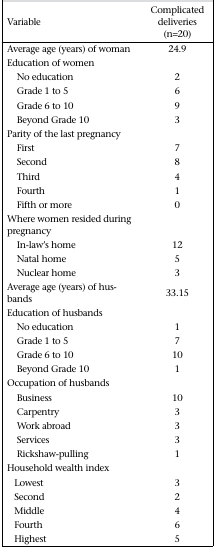
<table><thead><tr><td><b>Variable</b></td><td><b>Complicated deliveries (n=20)</b></td></tr></thead><tbody><tr><td>Average age (years) of woman</td><td>24.9</td></tr><tr><td>Education of women</td><td></td></tr><tr><td>No education</td><td>2</td></tr><tr><td>Grade 1 to 5</td><td>6</td></tr><tr><td>Grade 6 to 10</td><td>9</td></tr><tr><td>Beyond Grade 10</td><td>3</td></tr><tr><td>Parity of the last pregnancy</td><td></td></tr><tr><td>First</td><td>7</td></tr><tr><td>Second</td><td>8</td></tr><tr><td>Third</td><td>4</td></tr><tr><td>Fourth</td><td>1</td></tr><tr><td>Fifth or more</td><td>0</td></tr><tr><td>Where women resided during pregnancy</td><td></td></tr><tr><td>In-law&#x27;s home</td><td>12</td></tr><tr><td>Natal home</td><td>5</td></tr><tr><td>Nuclear home</td><td>3</td></tr><tr><td>Average age (years) of husbands</td><td>33.15</td></tr><tr><td>Education of husbands</td><td></td></tr><tr><td>No education</td><td>1</td></tr><tr><td>Grade 1 to 5</td><td>7</td></tr><tr><td>Grade 6 to 10</td><td>10</td></tr><tr><td>Beyond Grade 10</td><td>1</td></tr><tr><td>Occupation of husbands</td><td></td></tr><tr><td>Business</td><td>10</td></tr><tr><td>Carpentry</td><td>3</td></tr><tr><td>Work abroad</td><td>3</td></tr><tr><td>Services</td><td>3</td></tr><tr><td>Rickshaw-pulling</td><td>1</td></tr><tr><td>Household wealth index</td><td></td></tr><tr><td>Lowest</td><td>3</td></tr><tr><td>Second</td><td>2</td></tr><tr><td>Middle</td><td>4</td></tr><tr><td>Fourth</td><td>6</td></tr><tr><td>Highest</td><td>5</td></tr></tbody></table>